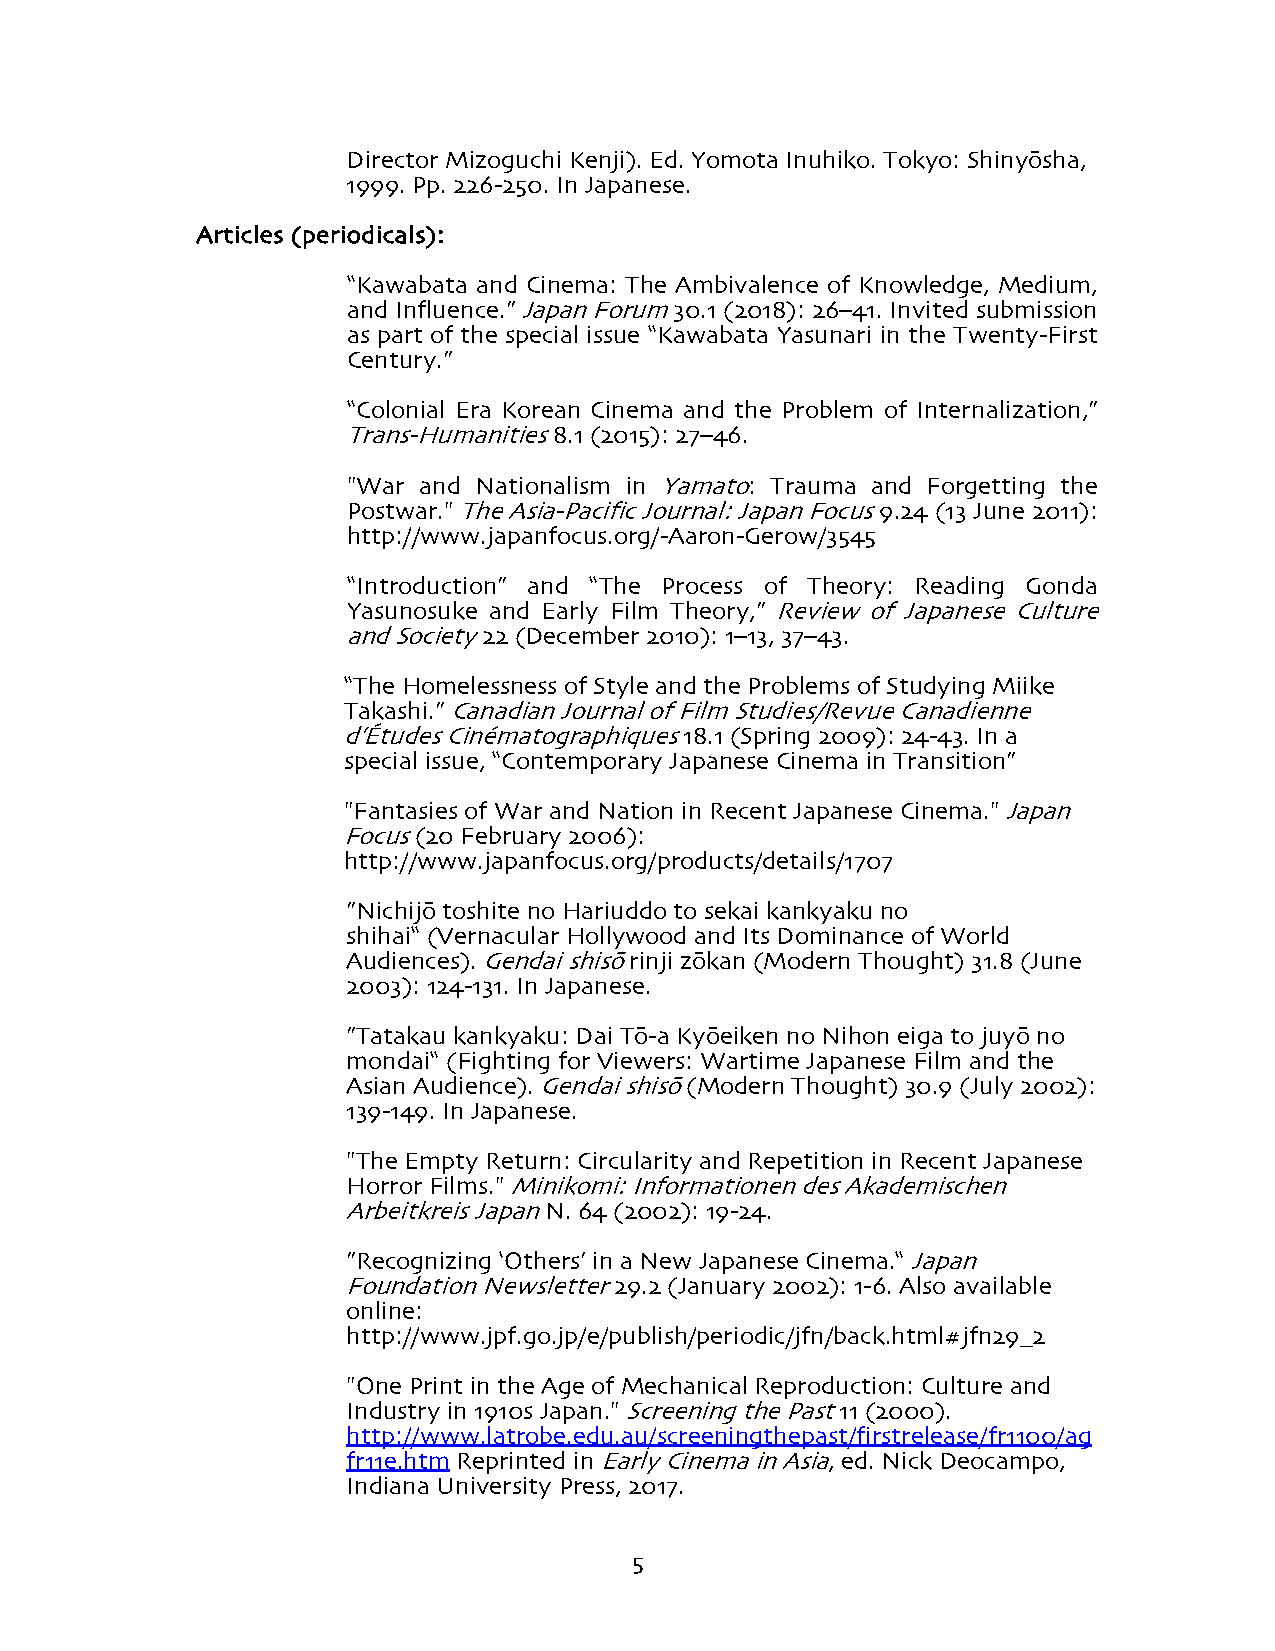
Director Mizoguchi Kenji). Ed. Yomota Inuhiko. Tokyo: Shinyōsha,
 1999. Pp. 226-250. In Japanese.
 Articles (periodicals):
 “Kawabata and Cinema: The Ambivalence of Knowledge, Medium,
 and Influence.” Japan Forum 30.1 (2018): 26–41. Invited submission
 as part of the special issue “Kawabata Yasunari in the Twenty-First
 Century.”
 “Colonial Era Korean Cinema and the Problem of Internalization,”
 Trans-Humanities 8.1 (2015): 27–46.
 "War and Nationalism in Yamato: Trauma and Forgetting the
 Postwar." The Asia-Pacific Journal: Japan Focus 9.24 (13 June 2011):
 http://www.japanfocus.org/-Aaron-Gerow/3545
 “Introduction” and “The Process of Theory: Reading Gonda
 Yasunosuke and Early Film Theory,” Review of Japanese Culture
 and Society 22 (December 2010): 1–13, 37–43.
 “The Homelessness of Style and the Problems of Studying Miike
 Takashi.” Canadian Journal of Film Studies/Revue Canadienne
 d’Études Cinématographiques 18.1 (Spring 2009): 24-43. In a
 special issue, “Contemporary Japanese Cinema in Transition”
 "Fantasies of War and Nation in Recent Japanese Cinema." Japan
 Focus (20 February 2006):
 http://www.japanfocus.org/products/details/1707
 ”Nichijō toshite no Hariuddo to sekai kankyaku no
 shihai“ (Vernacular Hollywood and Its Dominance of World
 Audiences). Gendai shisō rinji zōkan (Modern Thought) 31.8 (June
 2003): 124-131. In Japanese.
 ”Tatakau kankyaku: Dai Tō-a Kyōeiken no Nihon eiga to juyō no
 mondai“ (Fighting for Viewers: Wartime Japanese Film and the
 Asian Audience). Gendai shisō (Modern Thought) 30.9 (July 2002):
 139-149. In Japanese.
 "The Empty Return: Circularity and Repetition in Recent Japanese
 Horror Films." Minikomi: Informationen des Akademischen
 Arbeitkreis Japan N. 64 (2002): 19-24.
 ”Recognizing ‘Others’ in a New Japanese Cinema.“ Japan
 Foundation Newsletter 29.2 (January 2002): 1-6. Also available
 online:
 http://www.jpf.go.jp/e/publish/periodic/jfn/back.html#jfn29_2
 "One Print in the Age of Mechanical Reproduction: Culture and
 Industry in 1910s Japan." Screening the Past 11 (2000).
 http://www.latrobe.edu.au/screeningthepast/firstrelease/fr1100/ag
 fr11e.htm Reprinted in Early Cinema in Asia, ed. Nick Deocampo,
 Indiana University Press, 2017.
 5